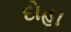
દોહા